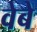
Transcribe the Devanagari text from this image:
वेबे